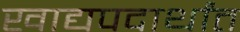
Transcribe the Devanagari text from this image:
खाद्यपदार्थांत